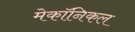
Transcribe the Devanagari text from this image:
मेकॉनिकल